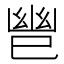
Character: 𫶹